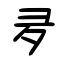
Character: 夛